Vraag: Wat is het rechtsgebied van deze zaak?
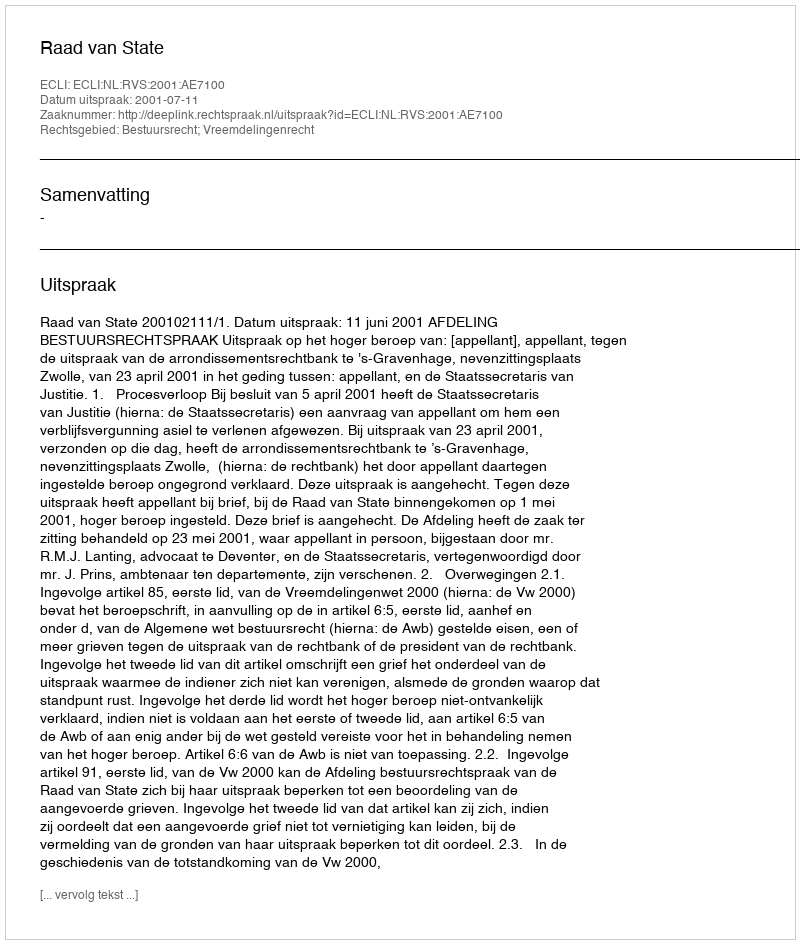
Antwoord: Bestuursrecht; Vreemdelingenrecht